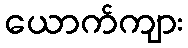
ယောက်ကျား